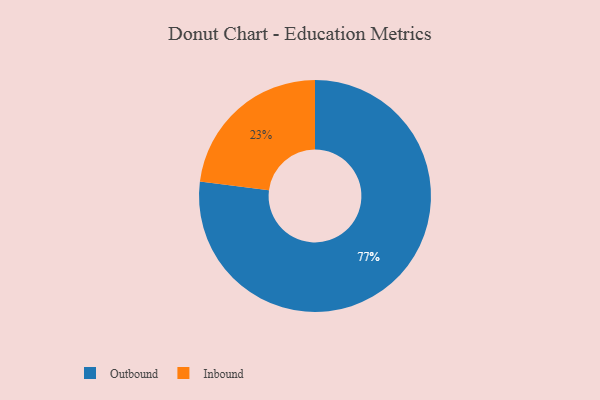
{"axis": {"x": "Category", "y": "Percentage"}, "legend": ["Inbound", "Outbound"], "data": [{"x": "Outbound", "y": 77, "type": "Outbound"}, {"x": "Inbound", "y": 23, "type": "Inbound"}]}